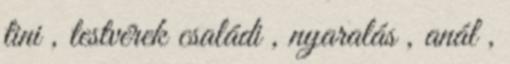
tini , testvérek családi , nyaralás , anál ,